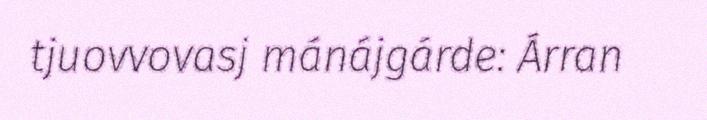
tjuovvovasj mánájgárde: Árran